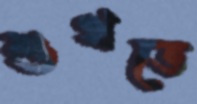
শুখতে